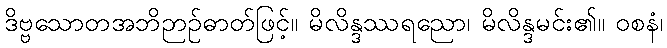
ဒိဗ္ဗသောတအဘိဉာဉ်ဓာတ်ဖြင့်။ မိလိန္ဒဿရညော၊ မိလိန္ဒမင်း၏။ ဝစနံ၊